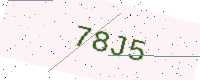
Text: 78J5